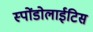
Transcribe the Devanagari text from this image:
स्पोंडोलाईटिस